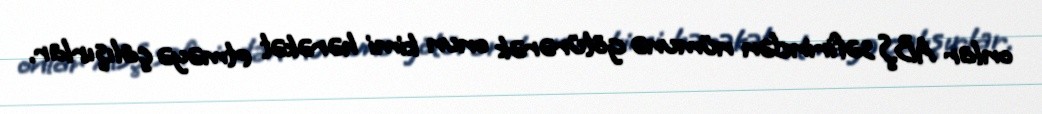
onlar ABŞ səfirindən nümunə götürərək onun kimi hərəkət etməyə çalışırlar.